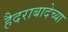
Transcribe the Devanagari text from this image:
हैदराबादेच्या